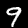
Digit: 9